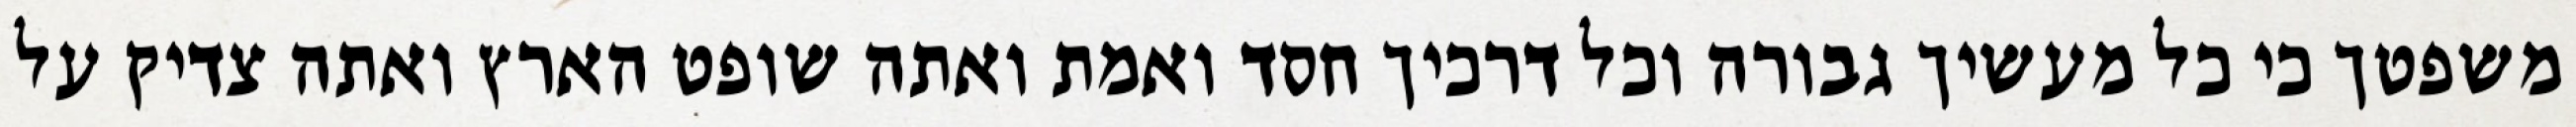
משפטך כי כל מעשיך גבורה וכל דרכיך חסד ואמת ואתה שופט הארץ ואתה צדיק על